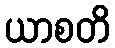
ယာစတိ